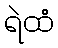
ရဲထံ